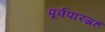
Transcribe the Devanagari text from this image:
पूर्वपरिग्रह